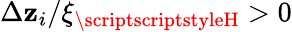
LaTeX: \Delta\mathbf{z}_{i}/\xi_{{\scriptscriptstyleH}}>0